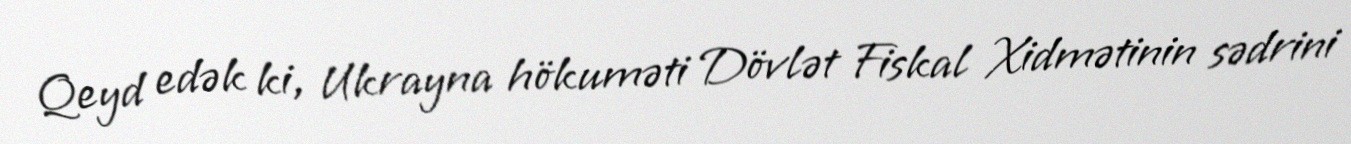
Qeyd edək ki, Ukrayna hökuməti Dövlət Fiskal Xidmətinin sədrini